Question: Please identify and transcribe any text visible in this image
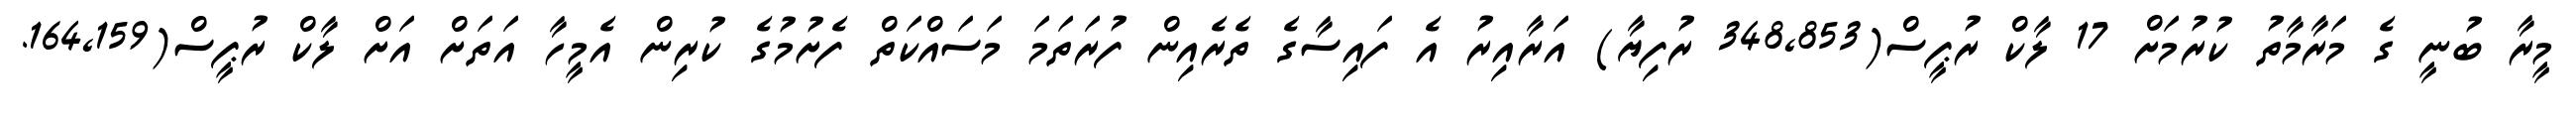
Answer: މީރާ ބުނީ ގެ މަރާމާތު ކުރުމަށް 17 ލާކް ރުޕީސް(348,853 ރުފިޔާ) އަރާއިރު އެ ފައިސާގެ ތެރެއިން ފުރަތަމަ މަސައްކަތް ފެށުމުގެ ކުރިން އެމީހާ އަތަށް އަށް ލާކް ރުޕީސް(164,159.